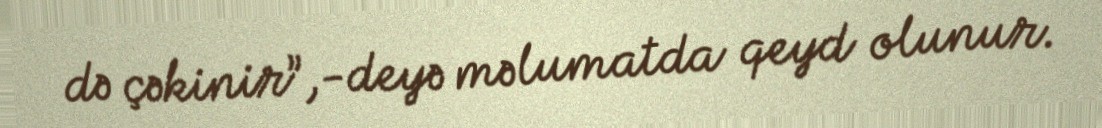
də çəkinir”,-deyə məlumatda qeyd olunur.